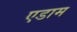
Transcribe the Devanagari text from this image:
एडाम